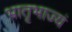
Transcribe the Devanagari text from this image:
भ्रातृभाज्यं